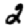
Digit: 2